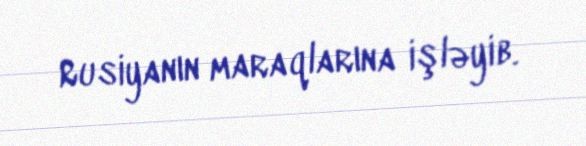
Rusiyanın maraqlarına işləyib.